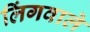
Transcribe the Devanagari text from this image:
लिंगवाले